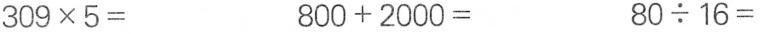
309 \times 5= 800+2000= 80 \div 16=